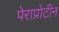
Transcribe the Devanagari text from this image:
पेराप्रोटीन